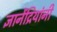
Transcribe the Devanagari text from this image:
ज्ञानेंद्रियांनी